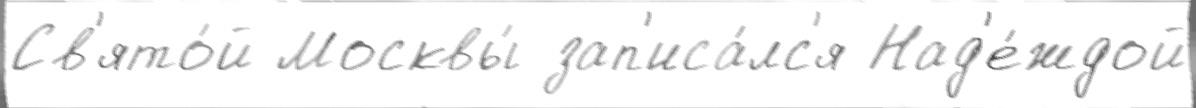
Св'ято́й Москвы́ зап'иса́лс'я Над'е́ждой